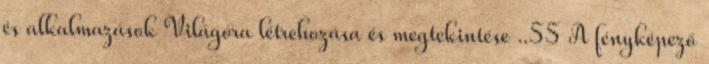
és alkalmazások Világóra létrehozása és megtekintése ..55 A fényképező